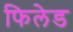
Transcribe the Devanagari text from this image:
फिलेड